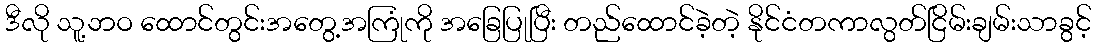
ဒီလို သူ့ဘဝ ထောင်တွင်းအတွေ့အကြုံကို အခြေပြုပြီး တည်ထောင်ခဲ့တဲ့ နိုင်ငံတကာလွတ်ငြိမ်းချမ်းသာခွင့်